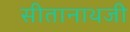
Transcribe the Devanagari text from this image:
सीतानाथजी